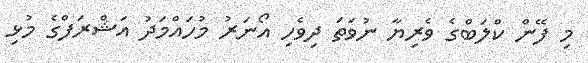
މި ފޭން ކްލަބްގެ ވެރިޔާ ނުވަތަ ދިވެހި އޯނަރު މުހައްމަދު އަޝްރަފްގެ މުޅި